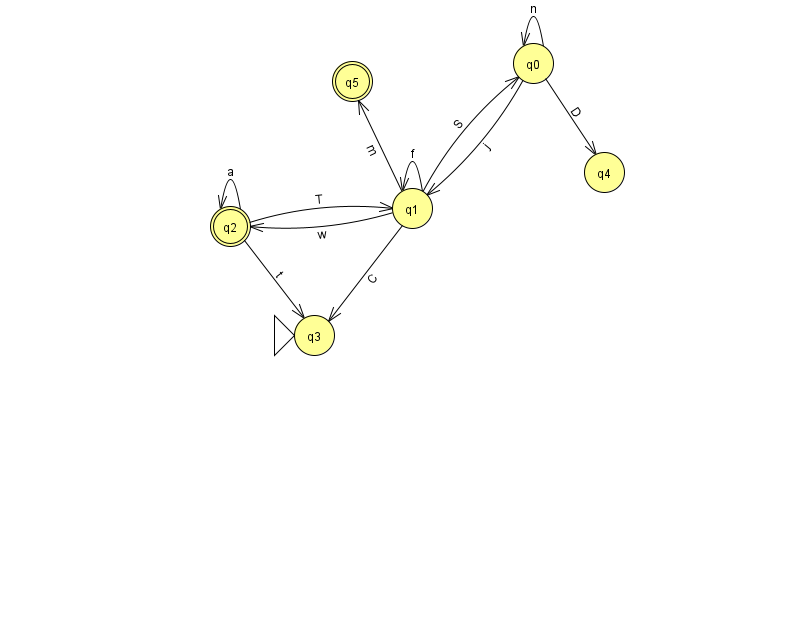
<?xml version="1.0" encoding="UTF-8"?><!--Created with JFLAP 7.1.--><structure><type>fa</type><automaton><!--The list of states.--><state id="0" name="q0"><x>533.0</x><y>50.0</y></state><state id="1" name="q1"><x>412.0</x><y>195.0</y></state><state id="2" name="q2"><x>230.0</x><y>213.0</y><final/></state><state id="3" name="q3"><x>314.0</x><y>322.0</y><initial/></state><state id="4" name="q4"><x>604.0</x><y>159.0</y></state><state id="5" name="q5"><x>352.0</x><y>68.0</y><final/></state><!--The list of transitions.--><transition><from>2</from><to>2</to><read>a</read></transition><transition><from>0</from><to>1</to><read>j</read></transition><transition><from>0</from><to>4</to><read>D</read></transition><transition><from>1</from><to>1</to><read>f</read></transition><transition><from>1</from><to>5</to><read>m</read></transition><transition><from>2</from><to>3</to><read>t</read></transition><transition><from>1</from><to>3</to><read>C</read></transition><transition><from>2</from><to>1</to><read>T</read></transition><transition><from>1</from><to>0</to><read>S</read></transition><transition><from>0</from><to>0</to><read>n</read></transition><transition><from>1</from><to>2</to><read>w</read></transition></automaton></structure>